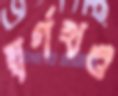
স্বর্ণখণ্ড